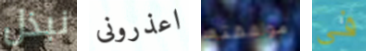
نبذل اعذرونى موافقته فى